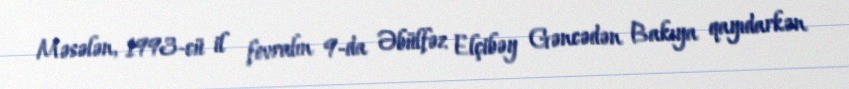
Məsələn, 1993-cü il fevralın 9-da Əbülfəz Elçibəy Gəncədən Bakıya qayıdarkən